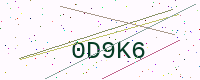
Text: 0D9K6